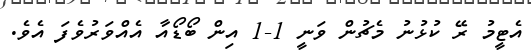
އެޓީމު ރޭ ކުޅުނު މެޗުން ވަނީ 1-1 އިން ބޯޑޯއާ އެއްވަރުވެފަ އެވެ.